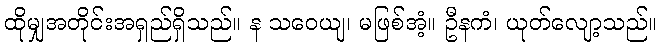
ထိုမျှအတိုင်းအရှည်ရှိသည်။ န သဝေယျ၊ မဖြစ်အံ့။ ဦနကံ၊ ယုတ်လျော့သည်။